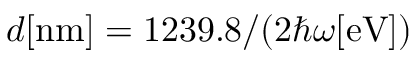
d [ \mathrm { n m } ] = 1 2 3 9 . 8 / ( 2 \hbar \omega [ \mathrm { e V } ] )